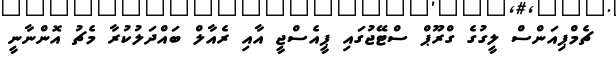
ޗެމްޕިއަންސް ލީގުގެ ގްރޫޕް ސްޓޭޖުގައި ޕީއެސްޖީ އާއި ރެއާލް ބައްދަލުކުރާ މެޗު އޮންނާނީ